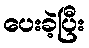
ပေးခဲ့ပြီး